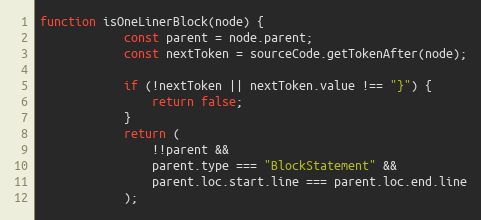
Language: JavaScript
function isOneLinerBlock(node) {
            const parent = node.parent;
            const nextToken = sourceCode.getTokenAfter(node);

            if (!nextToken || nextToken.value !== "}") {
                return false;
            }
            return (
                !!parent &&
                parent.type === "BlockStatement" &&
                parent.loc.start.line === parent.loc.end.line
            );